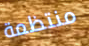
منتظمة